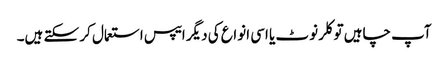
آپ چاہیں تو کلر نوٹ یا اسی انواع کی دیگر ایپس استعمال کر سکتے ہیں۔